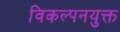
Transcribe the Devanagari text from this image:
विकल्पनयुक्त